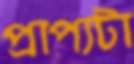
প্রাপ্যটা